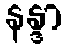
နန္ဒာ